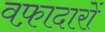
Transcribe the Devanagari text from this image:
वफ़ादारों